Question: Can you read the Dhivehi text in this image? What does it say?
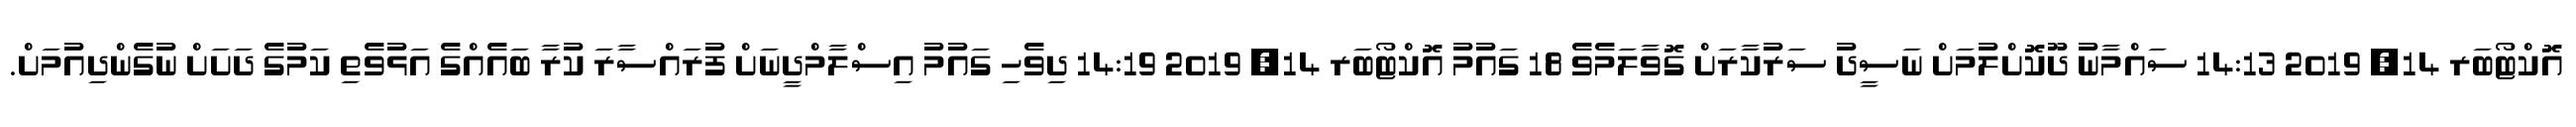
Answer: އޮކްޓޯބަރ 14, 2019 14:13 ސައްމާނު ދޫކޮށްލުމަށް ނަސީދު ސަރުކާރަށް ގޮވާލަމެވެ 18 ގައުމު އޮކްޓޯބަރ 14, 2019 14:19 ދިވެހި ގައުމު އިސްލާމްދީނަށް ފުރައްސާރަ ކުރާ ބައެއްގެ އަޅުވެތި ކަމުގެ ދަށަށް ނުގެންދިއުމަށް.